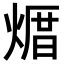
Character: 𪹒